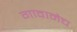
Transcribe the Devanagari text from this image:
गावानेच